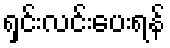
ရှင်းလင်းပေးရန်